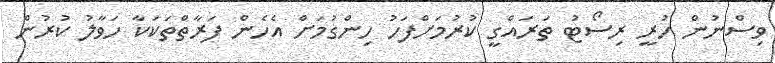
ވިސްނުން ހުރީ ރިސޯޓު ތަރައްގީ ކުރުމަށްފަހު ހިންގުމަށް އެހެން ފަރާތްތަކަކާ ހަވާލު ކުރުން